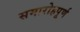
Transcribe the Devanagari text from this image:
समारोहपूर्ण